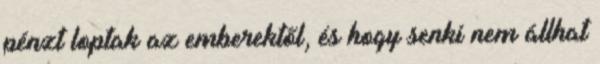
pénzt loptak az emberektől, és hogy senki nem állhat